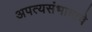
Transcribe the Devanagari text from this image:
अपत्यसंभावाचे